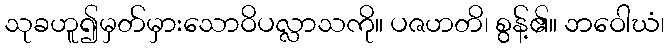
သုခဟူ၍မှတ်မှားသောဝိပလ္လာသကို။ ပဇဟတိ၊ စွန့်၏။ ဘဝေါဃံ၊